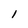
Character: l